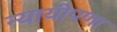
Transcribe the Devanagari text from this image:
न्यायीपणा